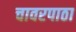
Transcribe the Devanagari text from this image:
चावरपाठा